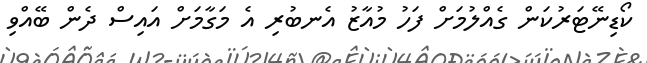
ކޯޑިނޭޓަރުކަން ގެއްލުމަށް ފަހު މުއާޒު އެނބުރި އެ މަގާމަށް އައިސް ދެން ބޭއްވި